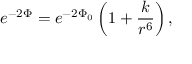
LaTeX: e ^ { - 2 \Phi } = e ^ { - 2 \Phi _ { 0 } } \left( 1 + \frac { k } { r ^ { 6 } } \right) ,